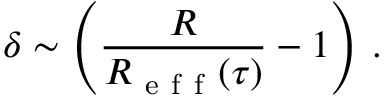
\delta \sim \left( \frac { R } { R _ { \mathrm { ~ e ~ f ~ f ~ } } ( \tau ) } - 1 \right) \, .